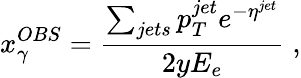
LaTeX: x_{\gamma}^{OBS}=\frac{\sum_{jets}p_{T}^{jet}e^{-\eta^{jet}}}{2yE_{e}}\; ,